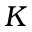
K